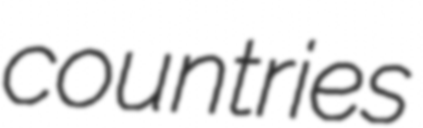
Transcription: countries